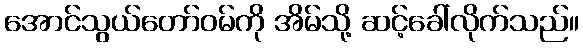
အောင်သွယ်တော်ဝမ်ကို အိမ်သို့ ဆင့်ခေါ်လိုက်သည်။